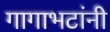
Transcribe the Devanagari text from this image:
गागाभटांनी